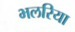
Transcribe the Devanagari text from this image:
भलरिया